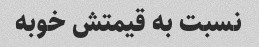
نسبت به قیمتش خوبه